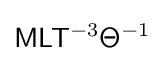
{\mathsf {M}}{\mathsf {L}}{\mathsf {T}}^{-3}{\mathsf {\Theta }}^{-1}